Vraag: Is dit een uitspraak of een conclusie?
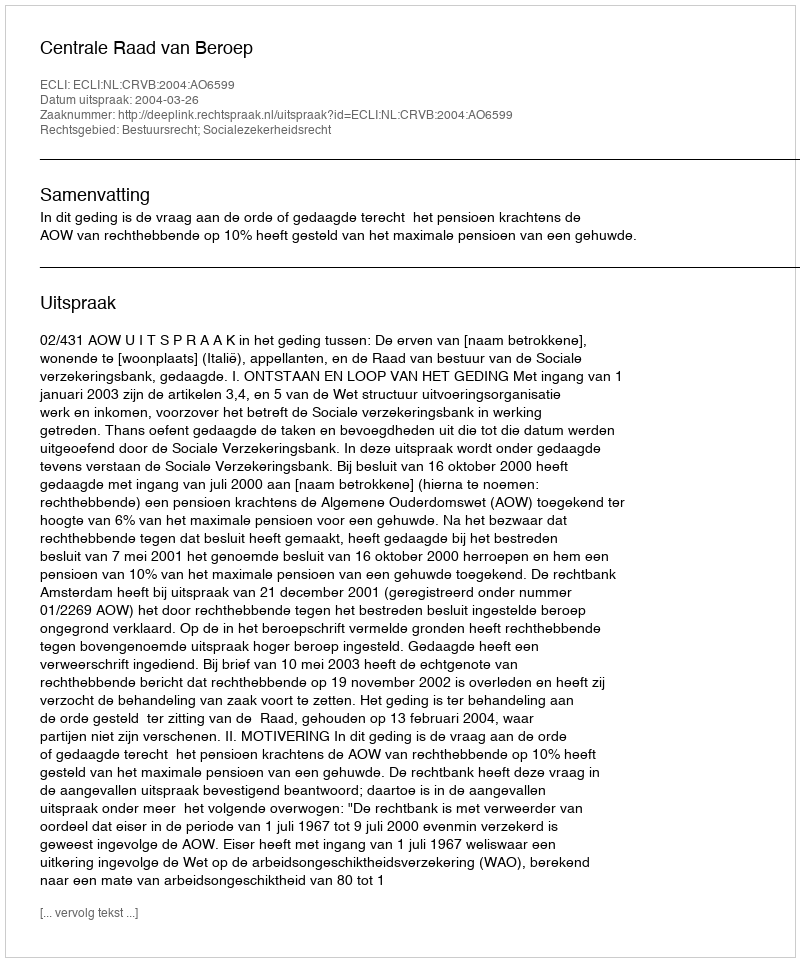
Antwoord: Uitspraak